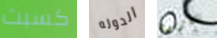
كسبت الدوله تلفزيون